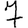
Digit: 7